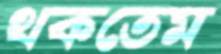
থকতেম